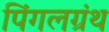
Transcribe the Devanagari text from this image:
पिंगलग्रंथ